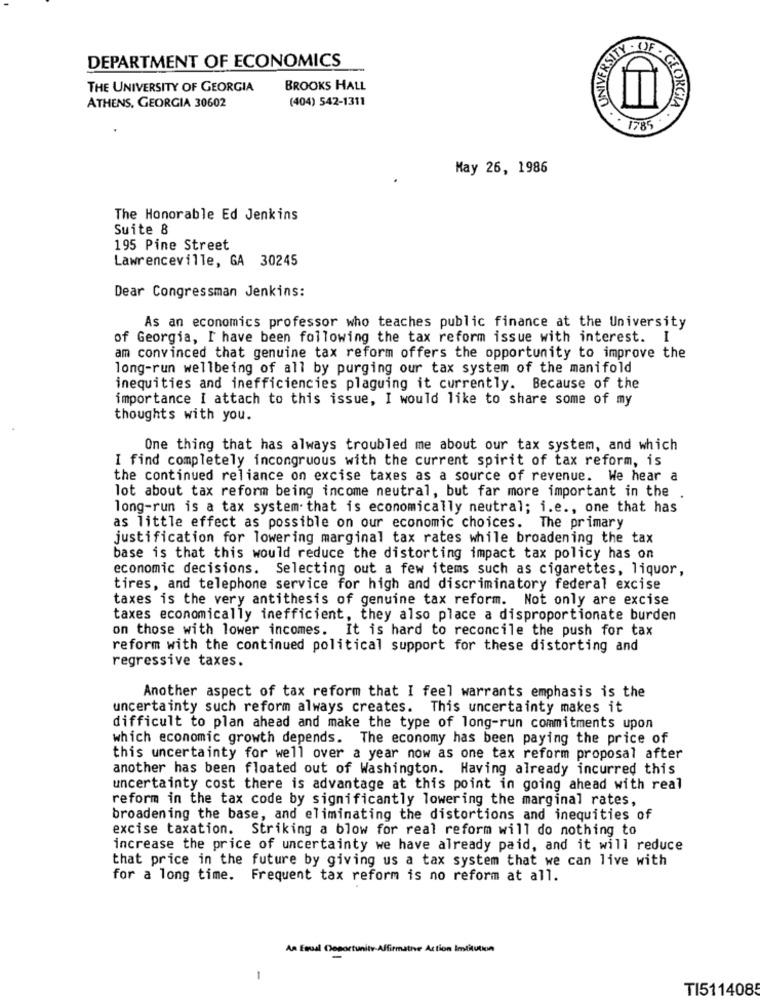
SITY - OF
DEPARTMENT OF ECONOMICS
THE UNIVERSITY OF GEORGIA
BROOKS HALL
ATHENS, GEORGIA 30602
(404) 542-1311
GEORGIA
May 26, 1986
The Honorable Ed Jenkins
Suite 8
195 Pine Street
Lawrenceville, GA 30245
Dear Congressman Jenkins:
As an economics professor who teaches public finance at the University
of Georgia, I have been following the tax reform issue with interest. I
am convinced that genuine tax reform offers the opportunity to improve the
long-run wellbeing of all by purging our tax system of the manifold
inequities and inefficiencies plaguing it currently. Because of the
importance I attach to this issue, I would like to share some of my
thoughts with you.
One thing that has always troubled me about our tax system, and which
I find completely incongruous with the current spirit of tax reform, is
the continued reliance on excise taxes as a source of revenue. We hear a
lot about tax reform being income neutral, but far more important in the .
long-run is a tax system. that is economically neutral; i.e ., one that has
as little effect as possible on our economic choices. The primary
justification for lowering marginal tax rates while broadening the tax
base is that this would reduce the distorting impact tax policy has on
economic decisions. Selecting out a few items such as cigarettes, liquor,
tires, and telephone service for high and discriminatory federal excise
taxes is the very antithesis of genuine tax reform. Not only are excise
taxes economically inefficient, they also place a disproportionate burden
on those with lower incomes. It is hard to reconcile the push for tax
reform with the continued political support for these distorting and
regressive taxes.
Another aspect of tax reform that I feel warrants emphasis is the
uncertainty such reform always creates. This uncertainty makes it
difficult to plan ahead and make the type of long-run commitments upon
which economic growth depends. The economy has been paying the price of
this uncertainty for well over a year now as one tax reform proposal after
another has been floated out of Washington. Having already incurred this
uncertainty cost there is advantage at this point in going ahead with real
reform in the tax code by significantly lowering the marginal rates,
broadening the base, and eliminating the distortions and inequities of
excise taxation. Striking a blow for real reform will do nothing to
increase the price of uncertainty we have already paid, and it will reduce
that price in the future by giving us a tax system that we can live with
for a long time. Frequent tax reform is no reform at all.
An Equal Desortunity Affirmative Action Institution
-
TI5114085